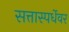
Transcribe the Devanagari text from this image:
सत्तास्पर्धेवर